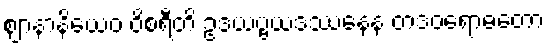
ဈာနာနိယေဝ ဝိစရီတိ ဥဒယဗ္ဗယဒဿနေန တဒဝရောဓတော